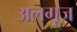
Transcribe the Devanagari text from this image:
अलगूज